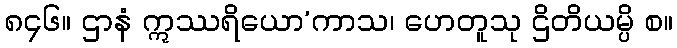
၈၄၆။ ဌာနံ ဣဿရိယော’ကာသ၊ ဟေတူသု ဌိတိယမ္ပိ စ။